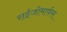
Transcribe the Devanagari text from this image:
राईजोमार्फस